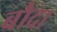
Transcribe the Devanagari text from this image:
बौदा